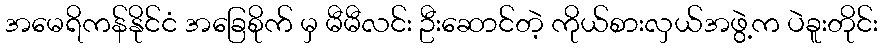
အမေရိကန်နိုင်ငံ အခြေစိုက် မှ မီမီလင်း ဦးဆောင်တဲ့ ကိုယ်စားလှယ်အဖွဲ့က ပဲခူးတိုင်း